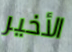
الأخير